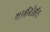
થાઈરોઈડ